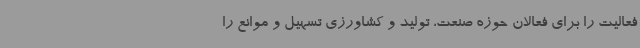
فعالیت را برای فعالان حوزه صنعت، تولید و کشاورزی تسهیل و موانع را